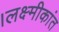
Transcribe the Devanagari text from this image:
।लक्ष्मीकांत